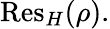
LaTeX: {\mathrm{Res}}_{H}(\rho).